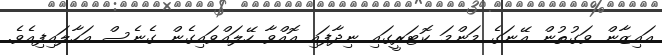
އައިޒާން ވަގުތުން އޭނަގެ މަންމަ ކޮޓަރީގައި ނިދާފައި އޮއްވާ ހޭލައްވައިގެން ގެނެސް އަހާލައިފިއެވެ.